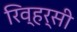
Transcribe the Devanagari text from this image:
रिव्हर्सी